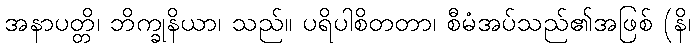
အနာပတ္တိ၊ ဘိက္ခုနိယာ၊ သည်။ ပရိပါစိတတာ၊ စီမံအပ်သည်၏အဖြစ် (နိ၊